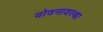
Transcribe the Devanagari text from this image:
योवनावस्था